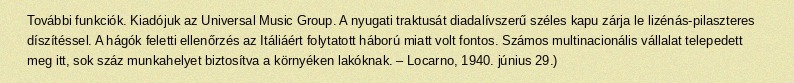
További funkciók. Kiadójuk az Universal Music Group. A nyugati traktusát diadalívszerű széles kapu zárja le lizénás-pilaszteres díszítéssel. A hágók feletti ellenőrzés az Itáliáért folytatott háború miatt volt fontos. Számos multinacionális vállalat telepedett meg itt, sok száz munkahelyet biztosítva a környéken lakóknak. – Locarno, 1940. június 29.)